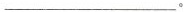
___。